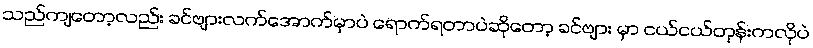
သည်ကျတော့လည်း ခင်ဗျားလက်အောက်မှာပဲ ရောက်ရတာပဲဆိုတော့ ခင်ဗျား မှာ ငယ်ငယ်တုန်းကလိုပဲ